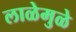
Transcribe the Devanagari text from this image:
लाळेमुळे